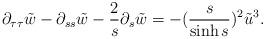
LaTeX: \begin{align*}\partial_{\tau \tau} \tilde{w} - \partial_{ss} \tilde{w} - \frac{2}{s} \partial_{s} \tilde{w} = -(\frac{s}{\sinh s})^{2} \tilde{u}^{3}.\end{align*}